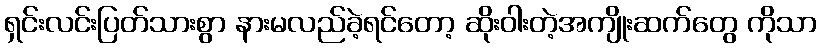
ရှင်းလင်းပြတ်သားစွာ နားမလည်ခဲ့ရင်တော့ ဆိုးဝါးတဲ့အကျိုးဆက်တွေ ကိုသာ